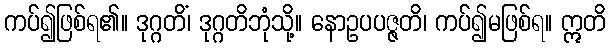
ကပ်၍ဖြစ်ရ၏။ ဒုဂ္ဂတိံ၊ ဒုဂ္ဂတိဘုံသို့။ နောဥပပဇ္ဇတိ၊ ကပ်၍မဖြစ်ရ။ ဣတိ